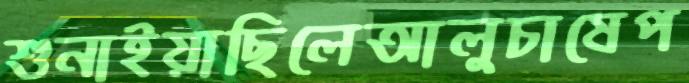
শুনাইয়াছিলেআলুচাষেপ